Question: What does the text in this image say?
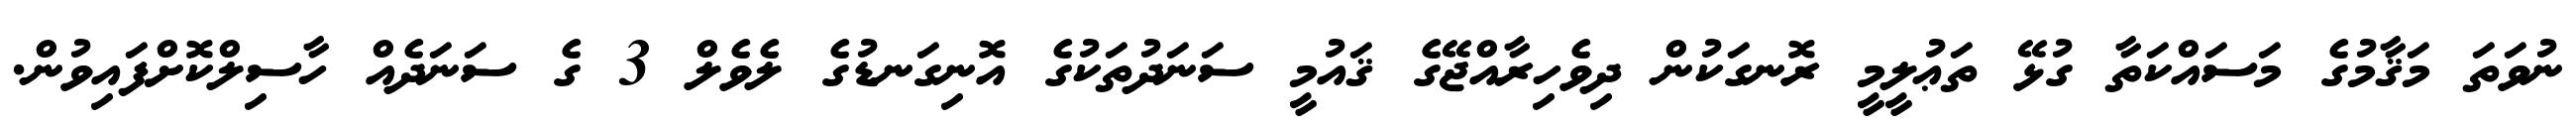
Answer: ނުވަތަ މަޤާމުގެ މަސައްކަތާ ގުޅޭ ތަޢުލީމީ ރޮނގަކުން ދިވެހިރާއްޖޭގެ ޤައުމީ ސަނަދުތަކުގެ އޮނިގަނޑުގެ ލެވެލް 3 ގެ ސަނަދެއް ހާސިލްކޮށްފައިވުން.